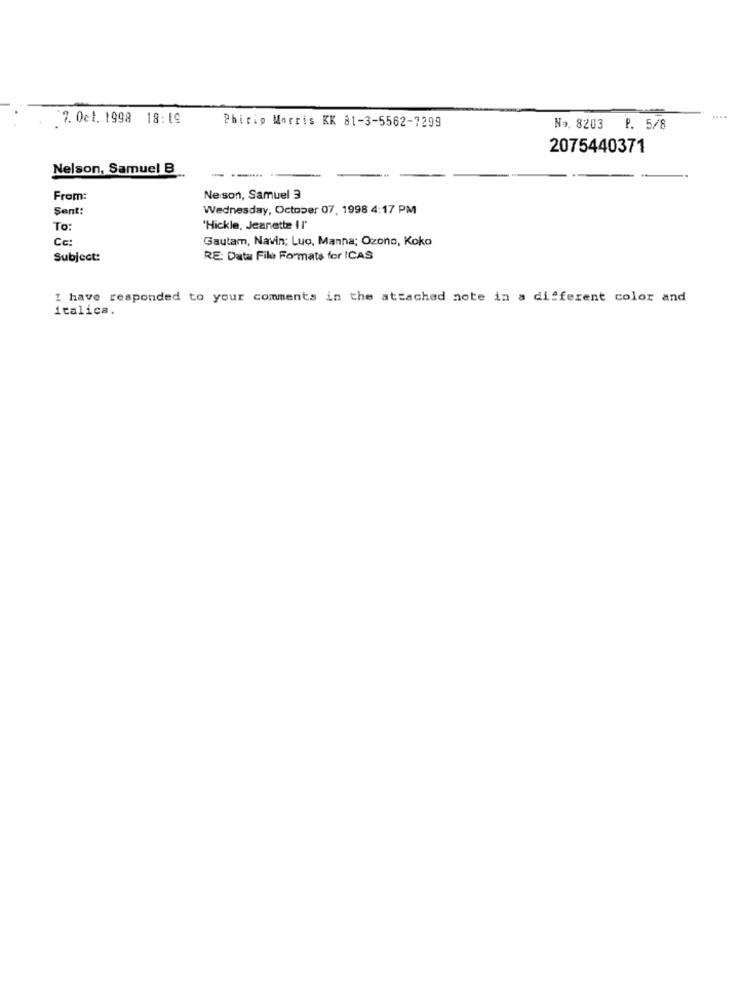
7. Oct. 1998 18:19
Phicip Morris KK 81-3-5562-7299
No. 8203
P. 5/8
2075440371
Nelson, Samuel B
---
From:
Neson, Samuel 3
Sent:
Wednesday, October 07, 1998 4:17 PM
To:
"Hickle, Jeanette Il'
Cc:
Gautam, Navin; Luo, Manna; Ozono, Koko
Subject:
RE: Data File Formats for ICAS
I have responded to your comments in the attached note in a different color and
italica.